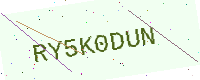
Text: RY5K0DUN